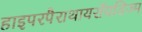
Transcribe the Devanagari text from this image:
हाइपरपैराथायरॉयडिज्म